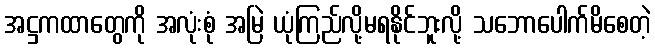
အဋ္ဌကထာတွေကို အလုံးစုံ အမြဲ ယုံကြည်လို့မရနိုင်ဘူးလို့ သဘောပေါက်မိစေတဲ့